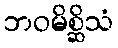
ဘဝမိစ္ဆိသံ